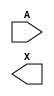
module sky130_fd_sc_hd__dlymetal6s2s (
    //# {{data|Data Signals}}
    input  A,
    output X
);

    // Voltage supply signals
    supply1 VPWR;
    supply0 VGND;
    supply1 VPB ;
    supply0 VNB ;

endmodule